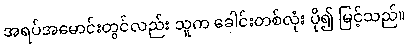
အရပ်အမောင်းတွင်လည်း သူက ခေါင်းတစ်လုံး ပို၍ မြင့်သည်။